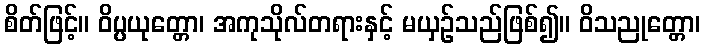
စိတ်ဖြင့်။ ဝိပ္ပယုတ္တော၊ အကုသိုလ်တရားနှင့် မယှဉ်သည်ဖြစ်၍။ ဝိသညုတ္တော၊